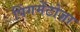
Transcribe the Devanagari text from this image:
पिंगमेंटोज़ा